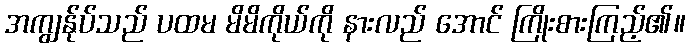
အကျွန်ုပ်သည် ပထမ မိမိကိုယ်ကို နားလည် အောင် ကြိုးစားကြည့်၏။